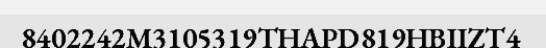
8402242M3105319THAPD819HBIIZT4